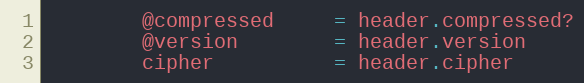
Language: Ruby
        @compressed     = header.compressed?
        @version        = header.version
        cipher          = header.cipher